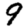
Digit: 9